Civil Veterinary Dept. Bombay admin report 1907-1913 - 1907-1913
Year: 1907
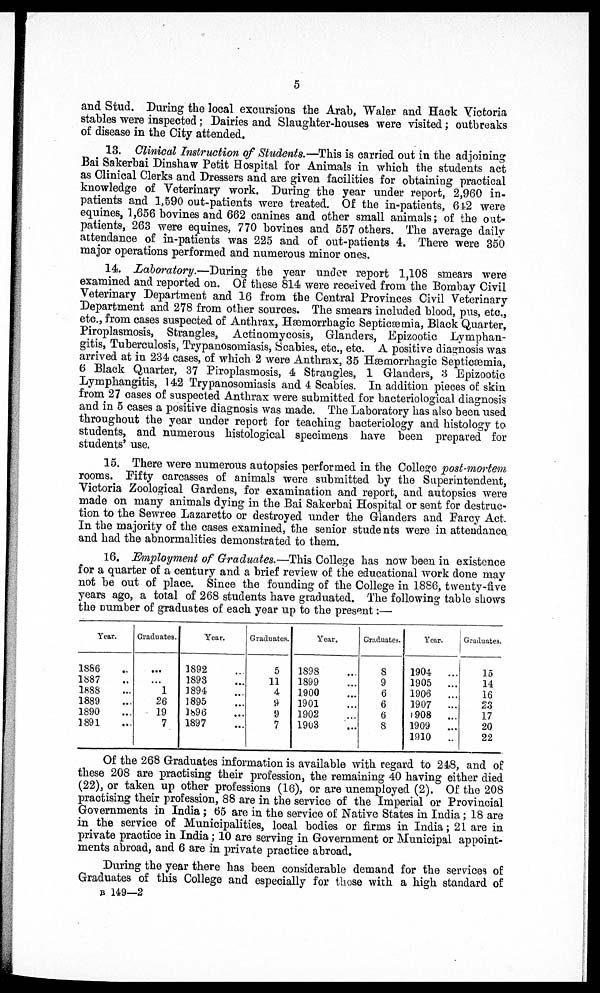
5
and Stud. During the local excursions the Arab, Waler and Hack Victoria
stables were inspected ; Dairies and Slaughter-houses were visited; outbreaks
of disease in the City attended.
13. Clinical Instruction of Students.—This is carried out in the adjoining
Bai Sakerbai Dinshaw Petit Hospital for Animals in which the students act
as Clinical Clerks and Dressers and are given facilities for obtaining practical
knowledge of Veterinary work. During the year under report, 2,960 in-
patients and 1,590 out-patients were treated. Of the in-patients, 642 were
equines, 1,656 bovines and 662 canines and other small animals; of the out-
patients, 263 were equines, 770 bovines and 557 others. The average daily
attendance of in-patients was 225 and of out-patients 4. There were 350
major operations performed and numerous minor ones.
14. Laboratory.—During the year under report 1,108 smears were
examined and reported on. Of these 814 were received from the Bombay Civil
Veterinary Department and 16 from the Central Provinces Civil Veterinary
Department and 278 from other sources. The smears included blood, pus, etc.,
etc., from cases suspected of Anthrax, Hæmorrhagic Septicæmia, Black Quarter,
Piroplasmosis, Strangles, Actinomycosis, Glanders, Epizootic Lymphan-
gitis, Tuberculosis, Trypanosomiasis, Scabies, etc., etc. A positive diagnosis was
arrived at in 234 cases, of which 2 were Anthrax, 35 Hæmorrhagic Septicæmia,
6 Black Quarter, 37 Piroplasmosis, 4 Strangles, 1 Glanders, 3 Epizootic
Lymphangitis, 142 Trypanosomiasis and 4 Scabies. In addition pieces of skin
from 27 oases of suspected Anthrax were submitted for bacteriological diagnosis
and in 5 cases a positive diagnosis was made. The Laboratory has also been used
throughout the year under report for teaching bacteriology and histology to
students, and numerous histological specimens have been prepared for
students' use.
15. There were numerous autopsies performed in the College post-mortem
rooms. Fifty carcasses of animals were submitted by the Superintendent,
Victoria Zoological Gardens, for examination and report, and autopsies were
made on many animals dying in the Bai Sakerbai Hospital or sent for destruc-
tion to the Sewree Lazaretto or destroyed under the Glanders and Farcy Act.
In the majority of the cases examined, the senior students were in attendance
and had the abnormalities demonstrated to them.
16. Employment of Graduates.—This College has now been in existence
for a quarter of a century and a brief review of the educational work done may
not be out of place. Since the founding of the College in 1886, twenty-five
years ago, a total of 268 students have graduated. The following table shows
the number of graduates of each year up to the present:—
Year.
1886
..
1887
..
1888
...
1889
...
1890
1891
...
Graduates.
...
...
1
26
19
7
Year.
1892 ...
1893
...
1894
...
1895
...
l896
...
1897
...
Graduates.
5
11
4
9
9
7
Year.
1898...
1899...
1900...
1901...
1902...
1903...
Graduates.
8
9
6
6
6
8
Year.
1904...
1905...
1906...
1907...
1908...
1909...
1910..
Graduates.
15
14
16
23
17
20
22
Of the 268 Graduates information is available with regard to 248, andof
these 208 are practising their profession, the remaining 40 having either died
(22), or taken up other professions (16), or are unemployed (2). Of the 208
practising their profession, 88 are in the service of the Imperial or Provincial
Governments in India; 65 are in the service of Native States in India; 18 are
in the service of Municipalities, local bodies or firms in India; 21 are in
private practice in India; 10 are serving in Government or Municipal appoint-
ments abroad, and 6 are in private practice abroad.
During the year there has been considerable demand for the services of
Graduates of this College and especially for those with a high standard of
B 149—2